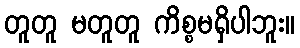
တူတူ မတူတူ ကိစ္စမရှိပါဘူး။